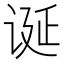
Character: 诞